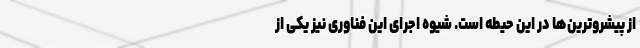
از پیشروترین‌ها در این حیطه است. شیوه اجرای این فناوری نیز یکی از